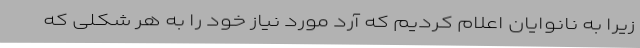
زیرا به نانوایان اعلام کردیم که آرد مورد نیاز خود را به هر شکلی که